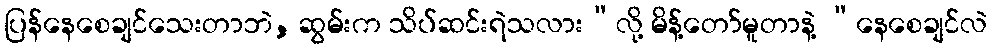
ပြန်နေစေချင်သေးတာဘဲ, ဆွမ်းက သိပ်ဆင်းရဲသလား”လို့ မိန့်တော်မူတာနဲ့ “နေစေချင်လဲ